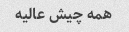
همه چیش عالیه